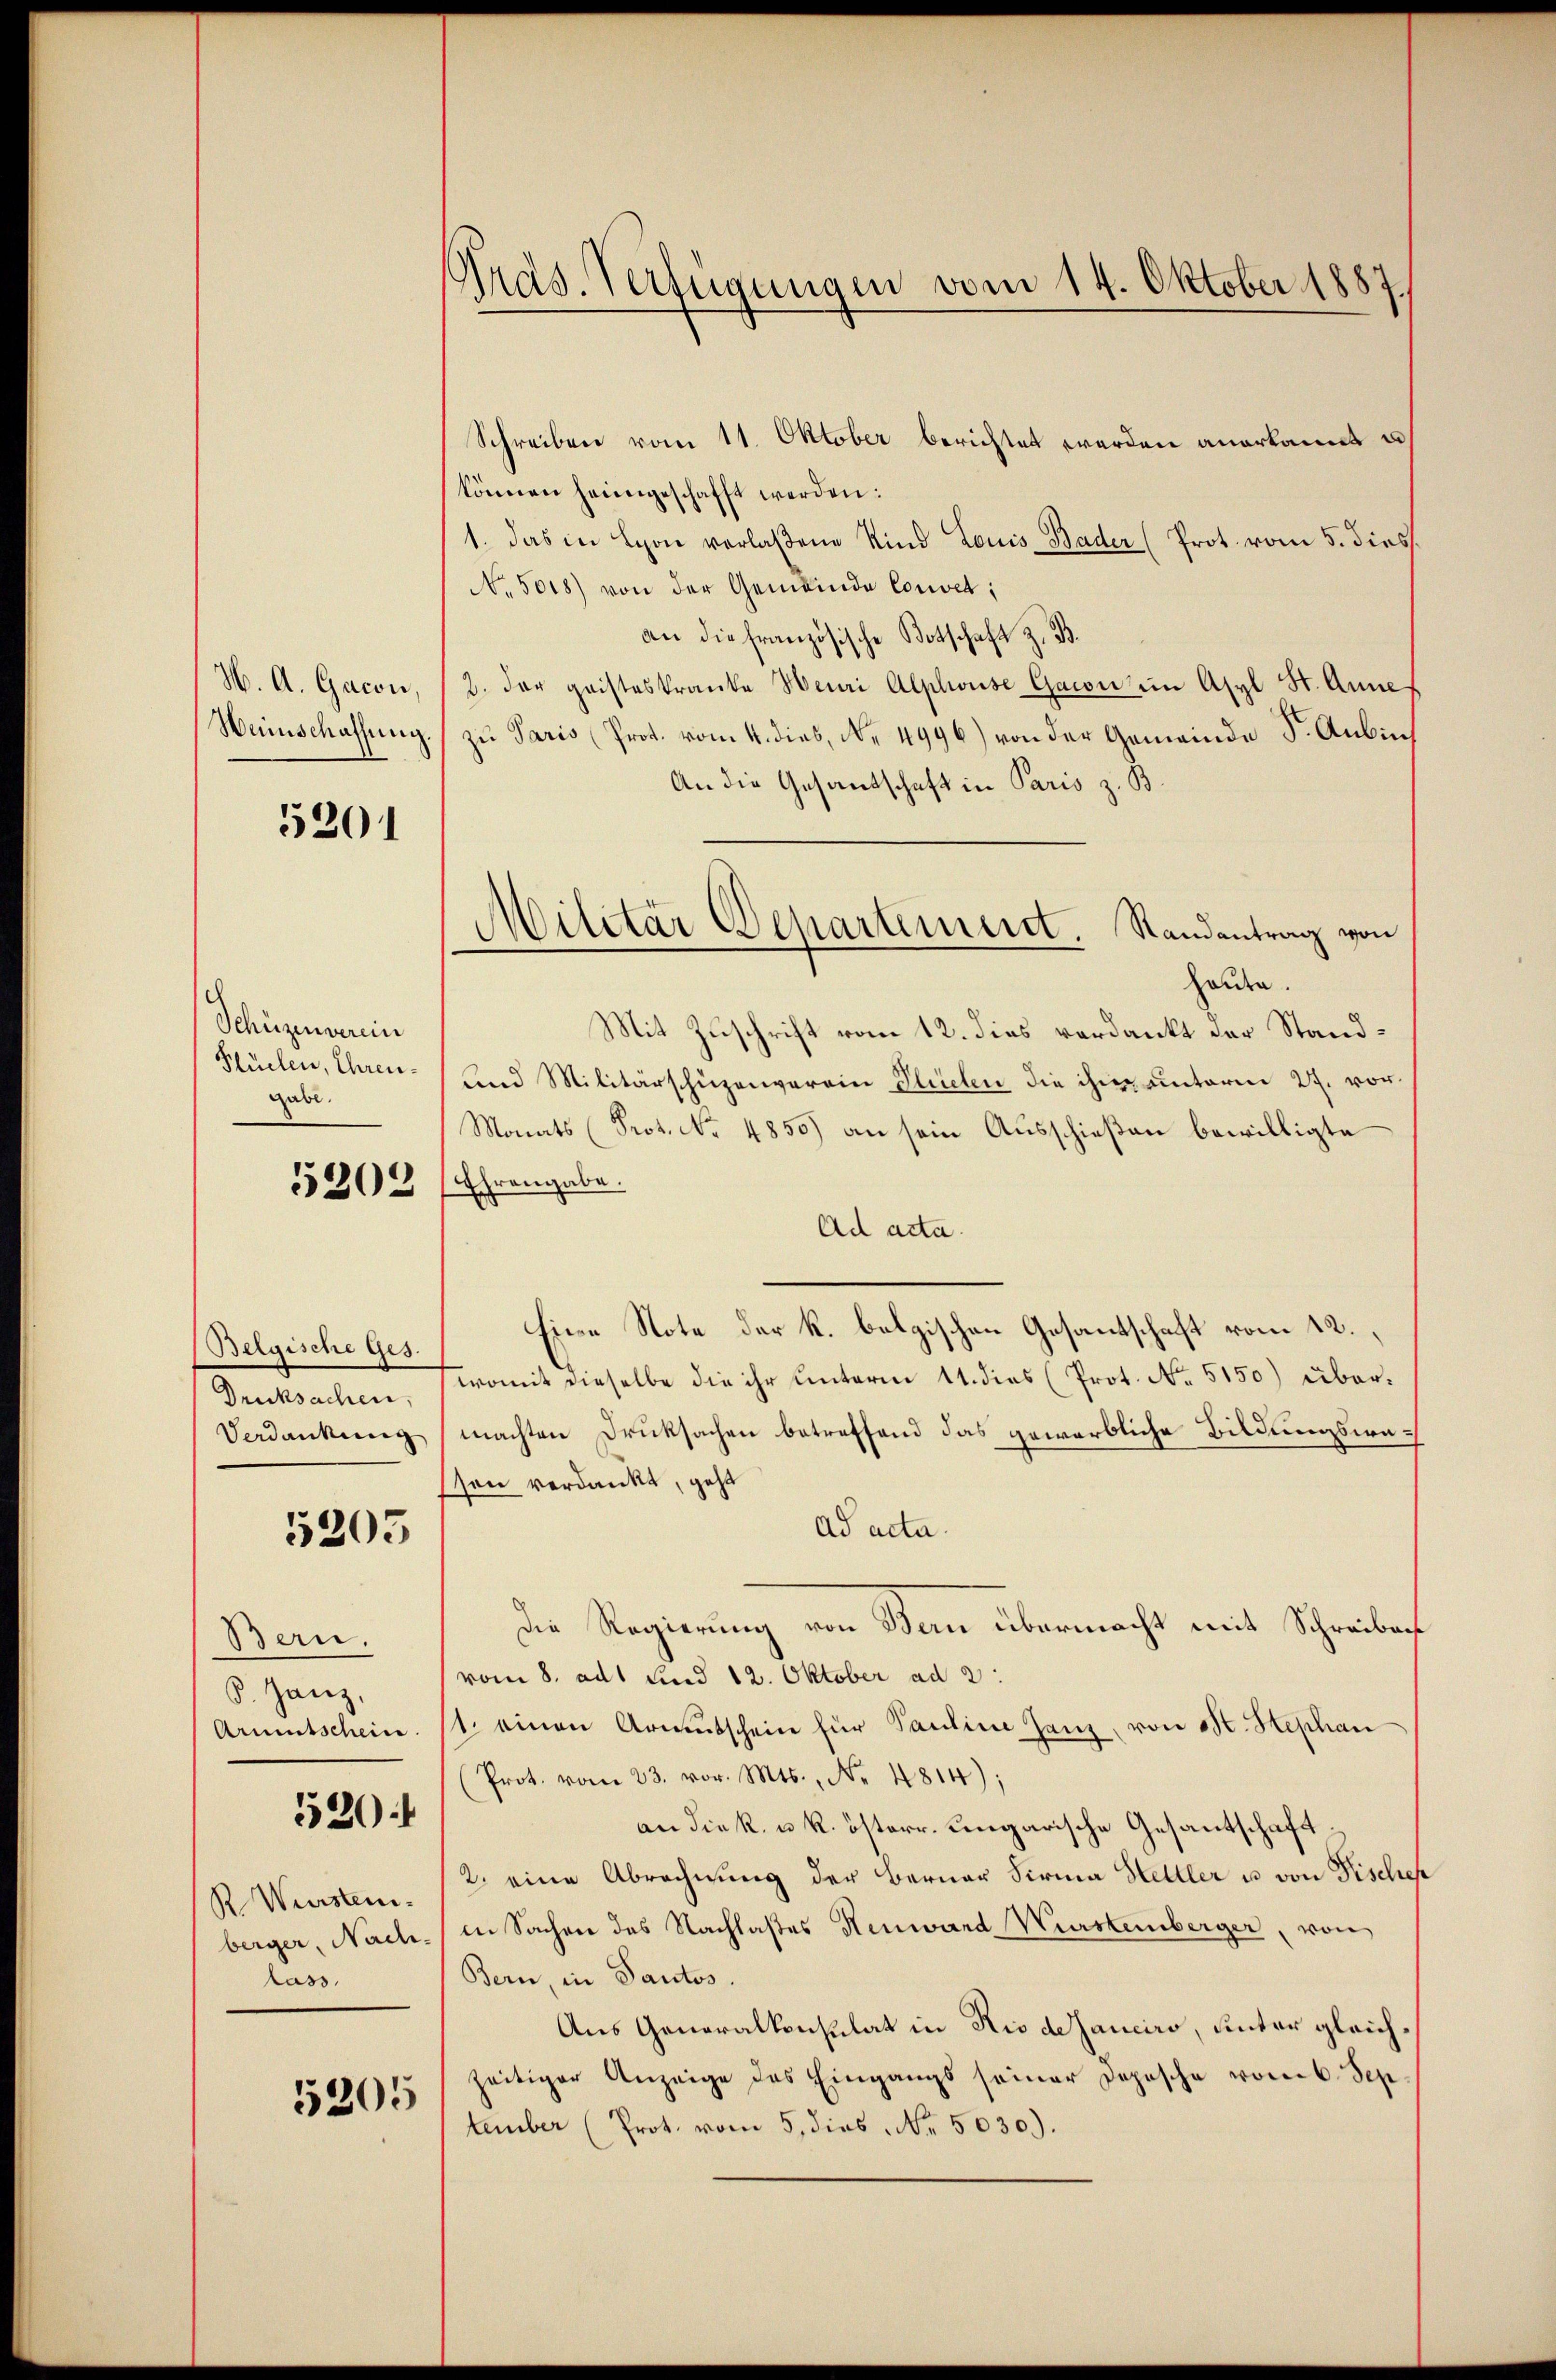
H. A. Gacon,
Weinschaffung.

5201

Schüzmverein
Hüelen, Ehrengabe.

5302

Belgische Ges.
Drucksachen,
Verdankung

5205

Bern.
P. Ganz,
Armutschein.

520

RWürsten.
berger, Nachläss

5205

Gras. Verfügungen vom 14. Oktober 1887.

Schreiben vom 11. Oktober berichtet werden anerkannt u
können heimgeschafft werden:
1. Das in Lyon verlaßene Kind Louis Bader (Prot. vom 5. diess.
No. 5018) von der Gemeinde Convet;
an die französische Botschaft z. B.
2. der geisteskranke Henri Alphwuse Gacon im Asyl St. Anne
zu Paris (Prot. vom 4. dies, No. 4996) von der Gemeinde S. Anbin
An die Gesandschaft in Paris z. B.
holden.
Mit Zuschrift vom 12. dies verdankt der Stand¬
und Militärschüzenverein Plichen die ihm unterm 27. vor¬
Monats (Prot. No. 4850) an sein Ausschießen bewilligte
Ehrengabe.
Ad acta.
Eine Note der k. belgischen Gesantschaft vom 12.
womit dieselbe die ihr unterm 11. dies (Prot. No. 5150) übermachten Drucksachen betreffend das gewerbliche Bildungswesson verdankt, geht
ad acta.
Die Regierung von Bern übermacht mit Schreiben
vom 8. ad sind 12. Oktober ad 2.
1. einen Armetschein für Pauline ganz, von St. Stephan
Prot. vom 23. v. Mts., Nr. 4814);
an die k. u. k. österr. ungarische Gesantschaft
2. eine Abrechnung der Berner Firma Hettler u. von Fischeh
in Sachen des Nachlastes Renward Wurstemberger, von
Bern, in Pantos.
Aus Generalkonsulat in Rio de sanciro, unter gleichzeitiger Anzeige des Eingangs seiner Depesche vom 6. Sep.
tember (Prot. vom 5. dies Nr. 5030).

d
Militär Departement. Randantrag von